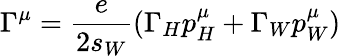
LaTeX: \Gamma^{\mu}=\frac{e}{2s_{W}}(\Gamma_{H}p_{H}^{\mu}+\Gamma_{W}p_{W}^{\mu})